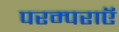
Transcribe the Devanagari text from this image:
परम्पराएॅ